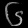
Digit: ၆